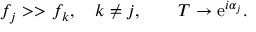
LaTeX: f _ { j } > > f _ { k } , \quad k \not = j , \qquad T \rightarrow \mathrm { e } ^ { i \alpha _ { j } } .